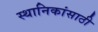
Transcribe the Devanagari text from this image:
स्थानिकांसाठी